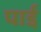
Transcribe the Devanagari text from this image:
पार्इ